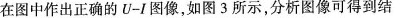
在图中作出正确的U-I图像，如图3所示，分析图像可得到结